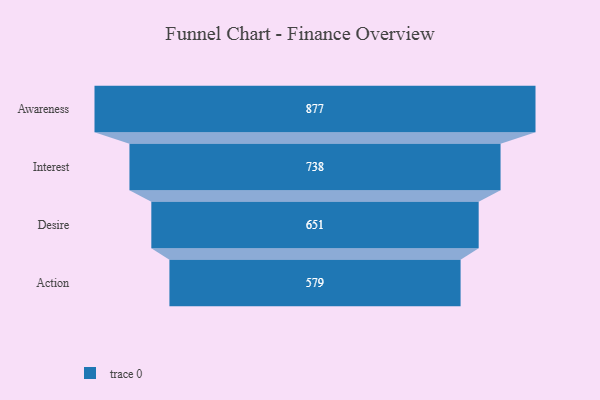
{"axis": {"x": "Stage", "y": "Value"}, "legend": [""], "data": [{"x": "Awareness", "y": 877.0, "type": ""}, {"x": "Interest", "y": 738.0, "type": ""}, {"x": "Desire", "y": 651.0, "type": ""}, {"x": "Action", "y": 579.0, "type": ""}]}